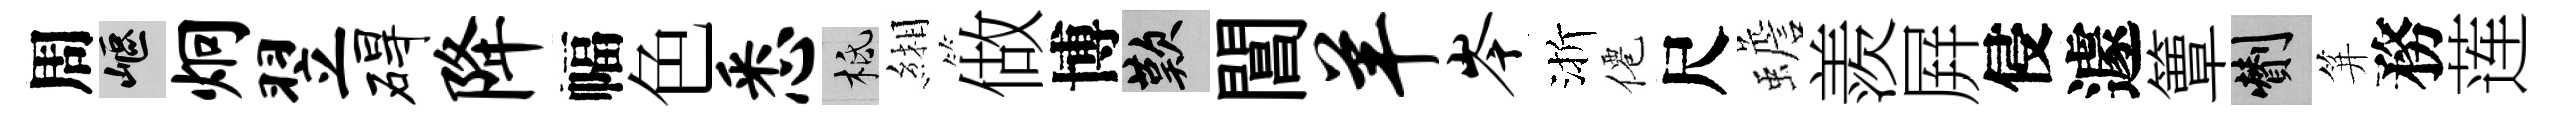
周嶇炯翌碍降幅色悉柢緗做博嘆閶羊岑渐僊尺蟾羨屛侵遽簟剪笄務莲